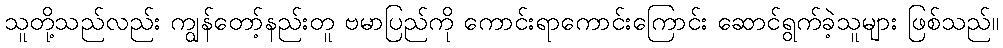
သူတို့သည်လည်း ကျွန်တော့်နည်းတူ ဗမာပြည်ကို ကောင်းရာကောင်းကြောင်း ဆောင်ရွက်ခဲ့သူများ ဖြစ်သည်။